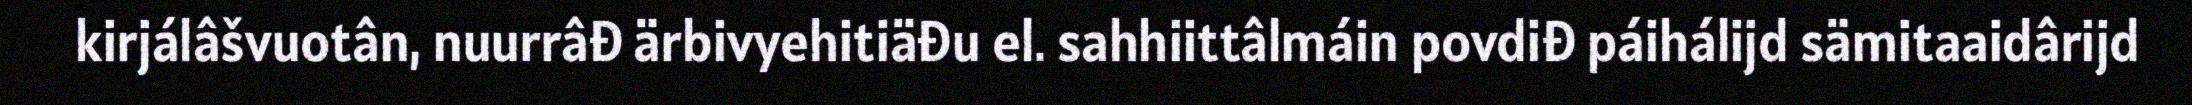
kirjálâšvuotân, nuurrâđ ärbivyehitiäđu el. sahhiittâlmáin povdiđ páihálijd sämitaaidârijd